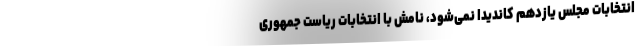
انتخابات مجلس یازدهم کاندیدا نمی‌شود، نامش با انتخابات ریاست جمهوری